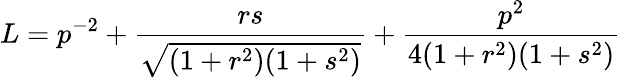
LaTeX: L=p^{-2}+\frac{rs}{\sqrt{(1+r^{2})(1+s^{2})}}+\frac{p^{2}}{4(1+r^{2})(1+s^{2})}